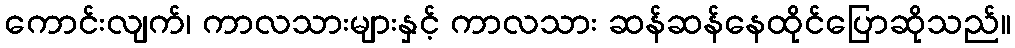
ကောင်းလျက်၊ ကာလသားများနှင့် ကာလသား ဆန်ဆန်နေထိုင်ပြောဆိုသည်။